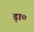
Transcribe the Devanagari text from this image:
ड़ा०